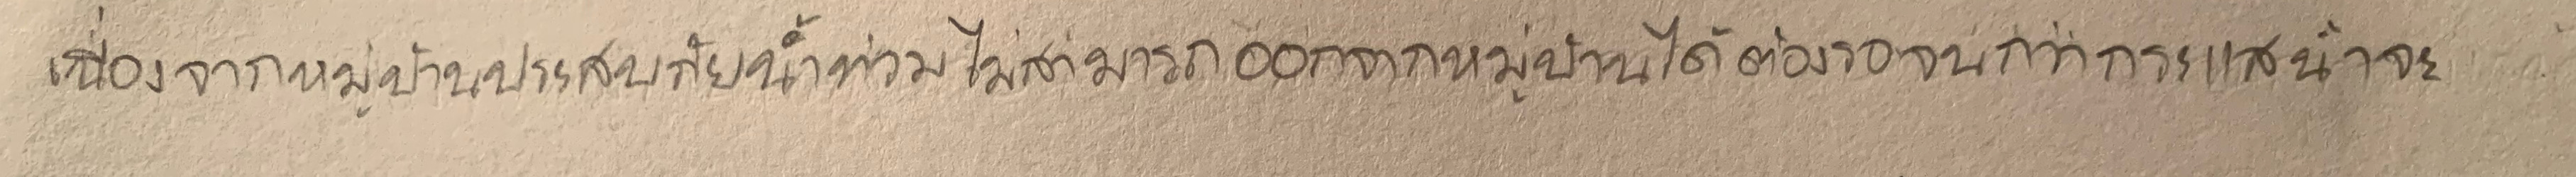
เนื่องจากหมู่บ้านประสบภัยน้ำท่วมไม่สามารถออกจากหมู่บ้านได้ต้องรอจนกว่ากระแสน้ำจะ